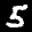
Digit: 5